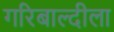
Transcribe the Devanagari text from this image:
गरिबाल्दीला